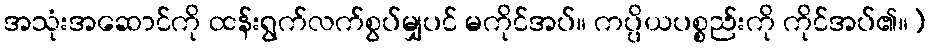
အသုံးအဆောင်ကို ထန်းရွက်လက်စွပ်မျှပင် မကိုင်အပ်။ ကပ္ပိယပစ္စည်းကို ကိုင်အပ်၏။)